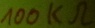
Text: 100kΩ